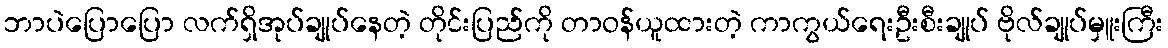
ဘာပဲပြောပြော လက်ရှိအုပ်ချုပ်နေတဲ့ တိုင်းပြည်ကို တာဝန်ယူထားတဲ့ ကာကွယ်ရေးဦးစီးချုပ် ဗိုလ်ချုပ်မှူးကြီး